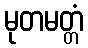
မုတမတ္တံ